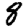
Digit: 8